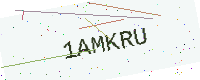
Text: 1AMKRU